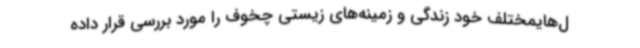
ل‌هایمختلف خود زندگی و زمینه‌های زیستی چخوف را مورد بررسی قرار داده